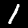
Digit: 1